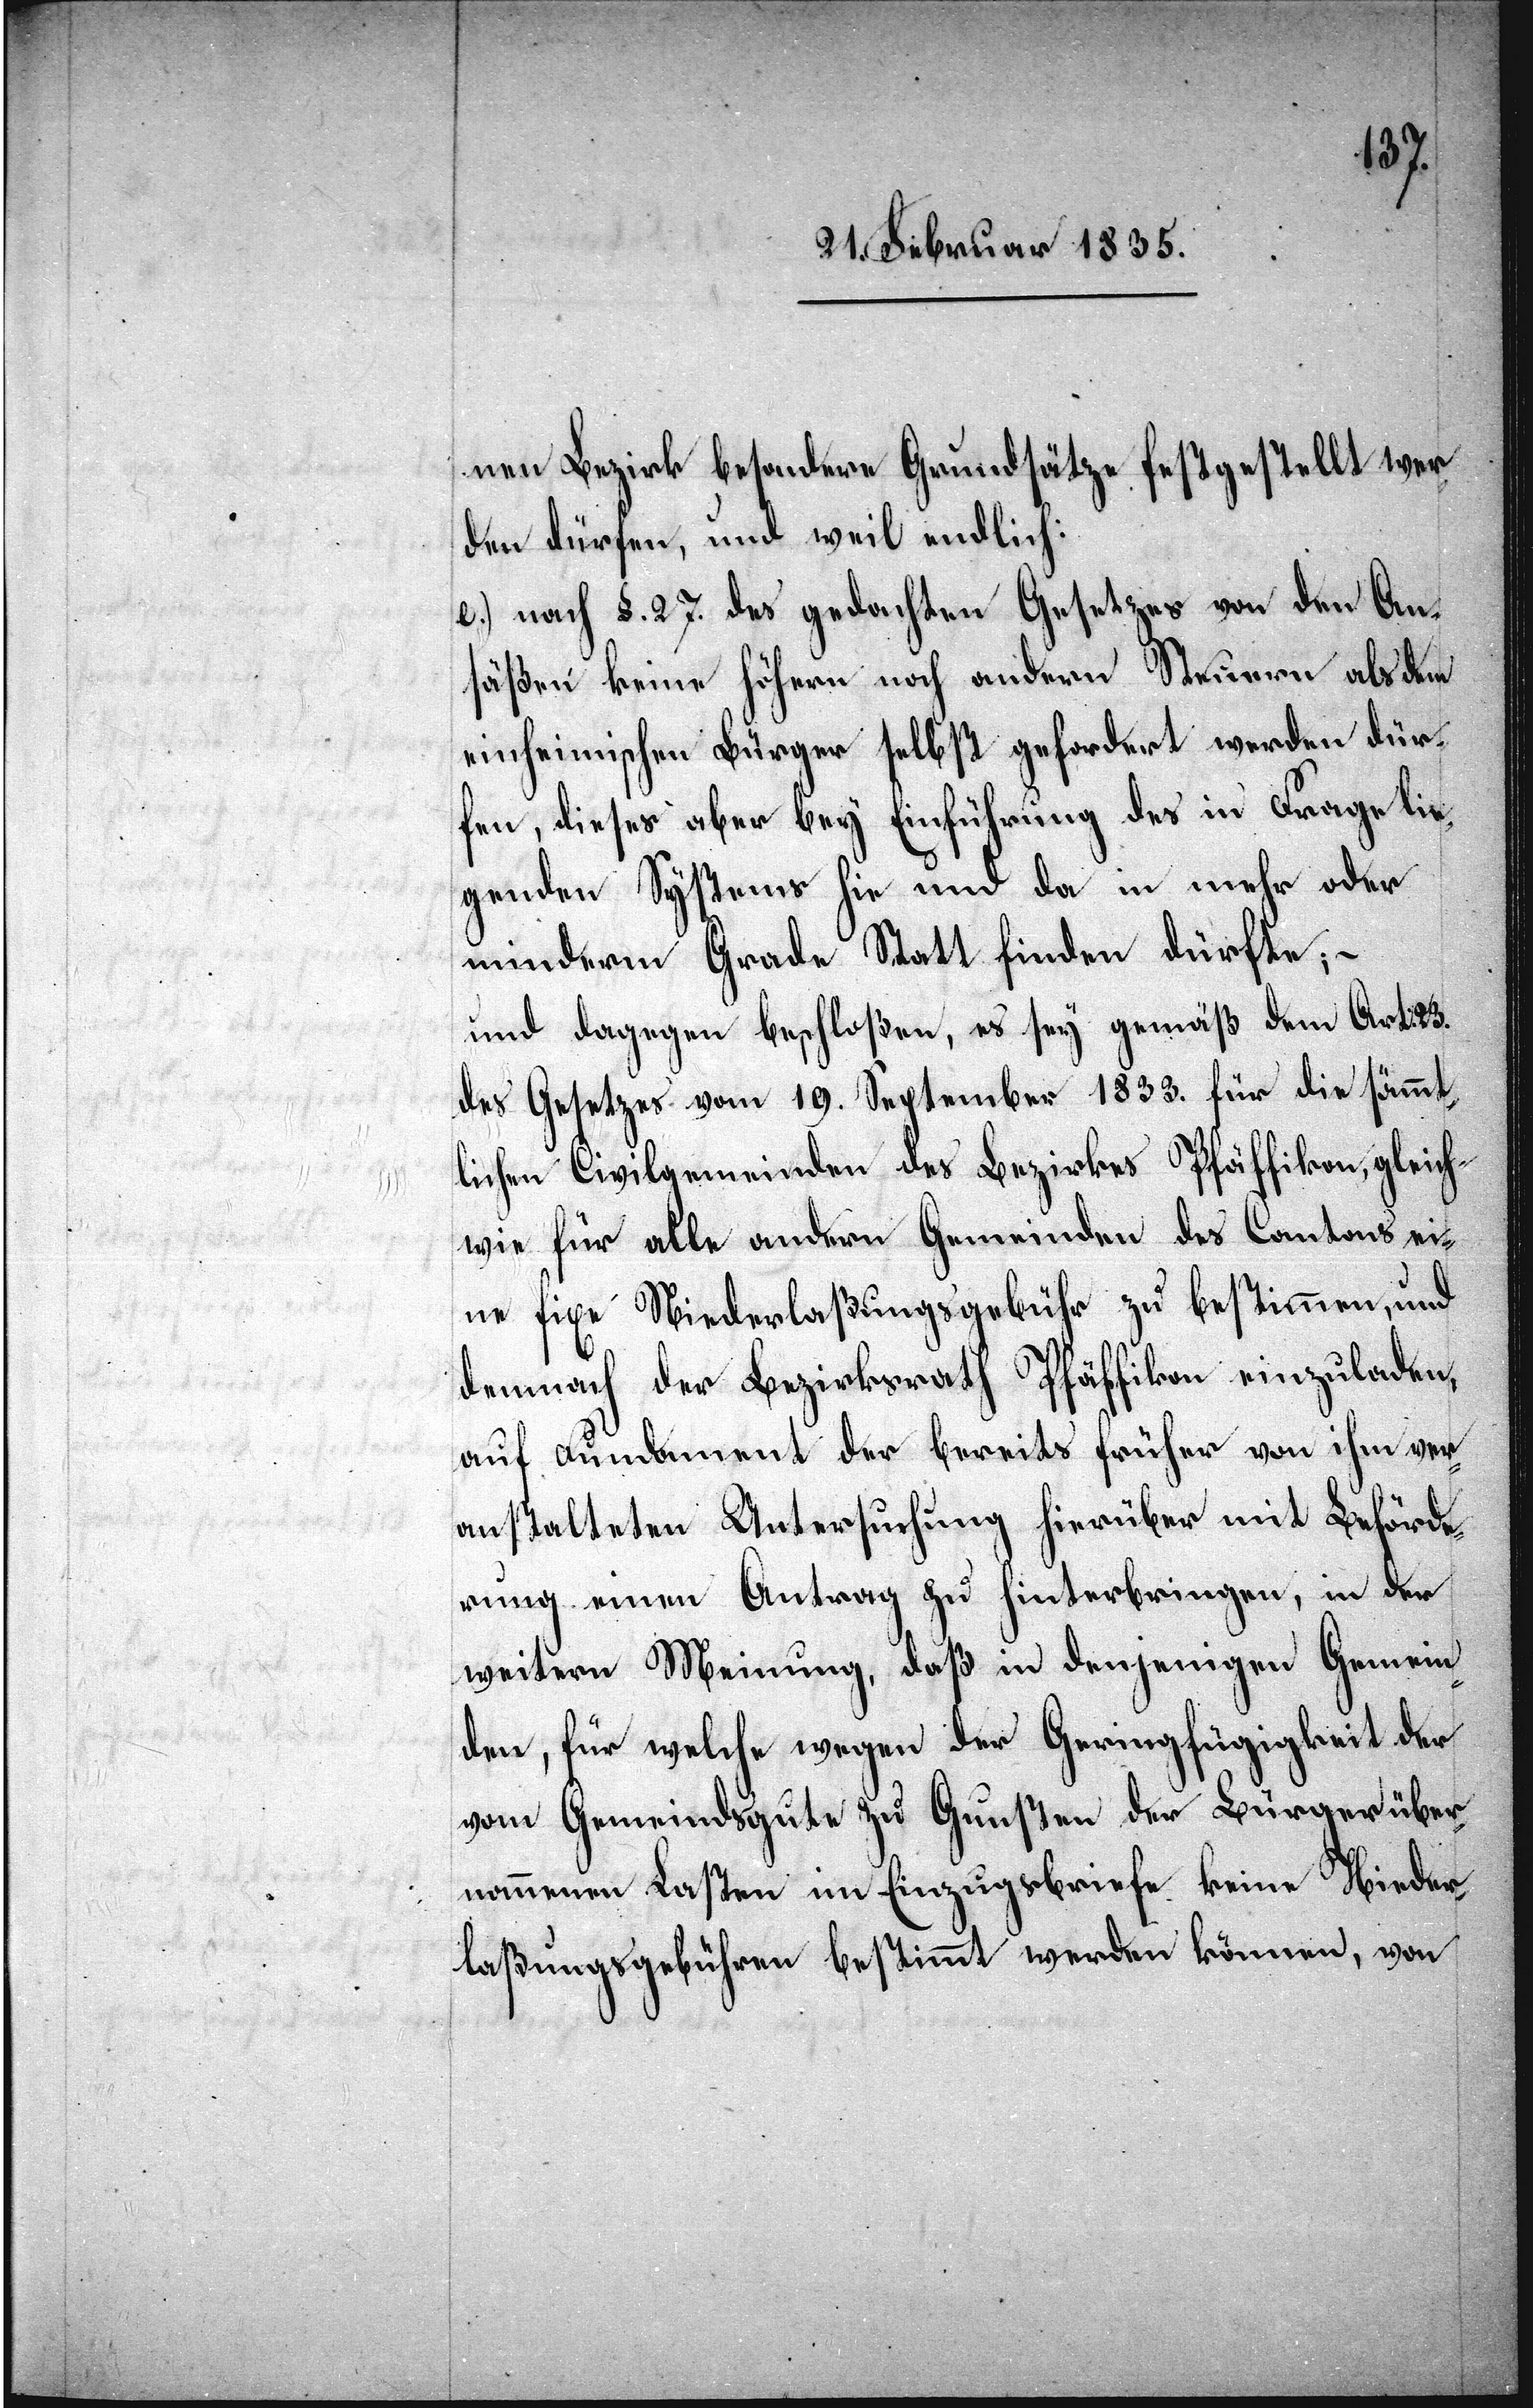
nen Bezirk besondere Grundsätze festgestellt wer¬
den dürfen, und weil endlich:
e.) nach §. 27. des gedachten Gesetzes von den An¬
säßen keine höhern noch andern Steuern als dem
einheimischen Bürger selbst gefordert werden dür¬
fen, dieses aber bey Einführung des in Frage lie¬
genden Systems hie und da in mehr oder
minderm Grade Statt finden dürfte; –
und dagegen beschloßen, es sey gemäß dem Art: 23.
des Gesetzes vom 19. September 1833. für die sämmt¬
lichen Civilgemeinden des Bezirkes Pfäffikon, gleich¬
wie für alle andern Gemeinden des Cantons ei¬
ne fixe Niederlaßungsgebühr zu bestimmen, und
demnach der Bezirksrath Pfäffikon einzuladen,
auf Fundament der bereits früher von ihm ver¬
anstalteten Untersuchung hierüber mit Beförde¬
rung einen Antrag zu hinterbringen, in der
weitern Meinung, daß in denjenigen Gemein¬
den, für welche wegen der Geringfügigkeit der
vom Gemeindsgute zu Gunsten der Bürger über¬
nommenen Kosten im Einzugsbriefe keine Nieder¬
laßungsgebühren bestimmt werden können, von